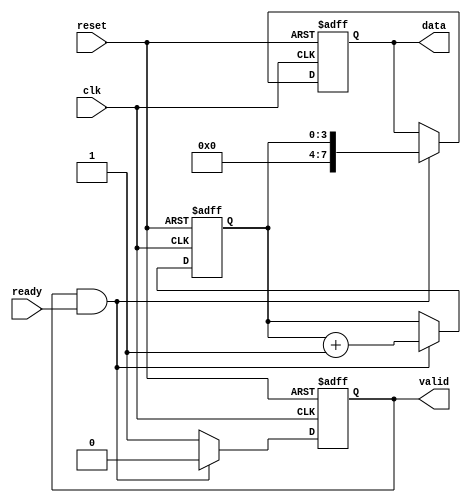
module producer (
    input wire clk,
    input wire reset,
    output reg valid,
    output reg [7:0] data, // Assuming 8-bit data
    input wire ready
);
    // Internal state
    reg [3:0] count; // Example counter for data generation

    always @(posedge clk or posedge reset) begin
        if (reset) begin
            valid <= 0;
            data <= 0;
            count <= 0;
        end else begin
            if (valid && ready) begin
                // Data has been read by consumer, prepare new data
                valid <= 0; // Deassert valid until new data is available
                count <= count + 1; // Increment count for new data
                data <= count; // Example data generation
            end else if (!valid) begin
                // Assert valid when new data is ready
                valid <= 1;
            end
        end
    end
endmodule